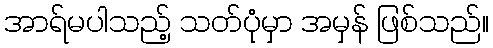
အာရ်မပါသည့် သတ်ပုံမှာ အမှန် ဖြစ်သည်။